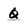
Character: Q